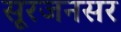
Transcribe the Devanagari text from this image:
सूरजनसर